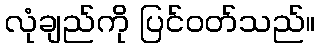
လုံချည်ကို ပြင်ဝတ်သည်။